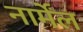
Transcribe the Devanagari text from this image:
नार्मेंल